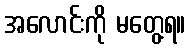
အလောင်းကို မတွေ့ရ။